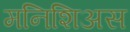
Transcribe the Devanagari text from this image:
मनिशिअस